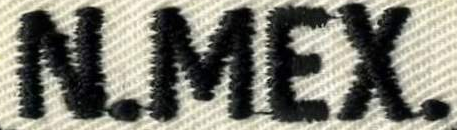
N.MEX.